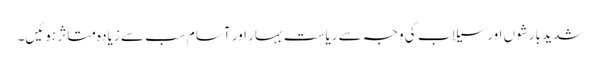
شدید بارشوں اور سیلاب کی وجہ سے ریاست بہار اور آسام سب سے زیادہ متاثر ہوئیں۔